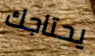
يحتاجك